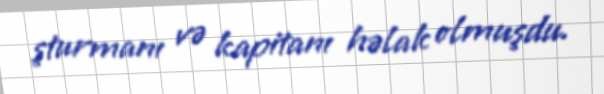
şturmanı və kapitanı həlak olmuşdu.